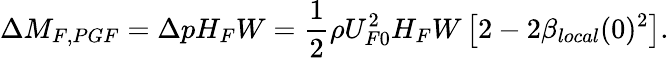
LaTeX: \Delta M_{F,PGF}=\Delta pH_{F}W=\frac{1}{2}\rho U_{F0}^{2}H_{F}W\left[2-2\beta_{local}(0)^{2}\right].